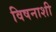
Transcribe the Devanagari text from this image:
विषनाशी